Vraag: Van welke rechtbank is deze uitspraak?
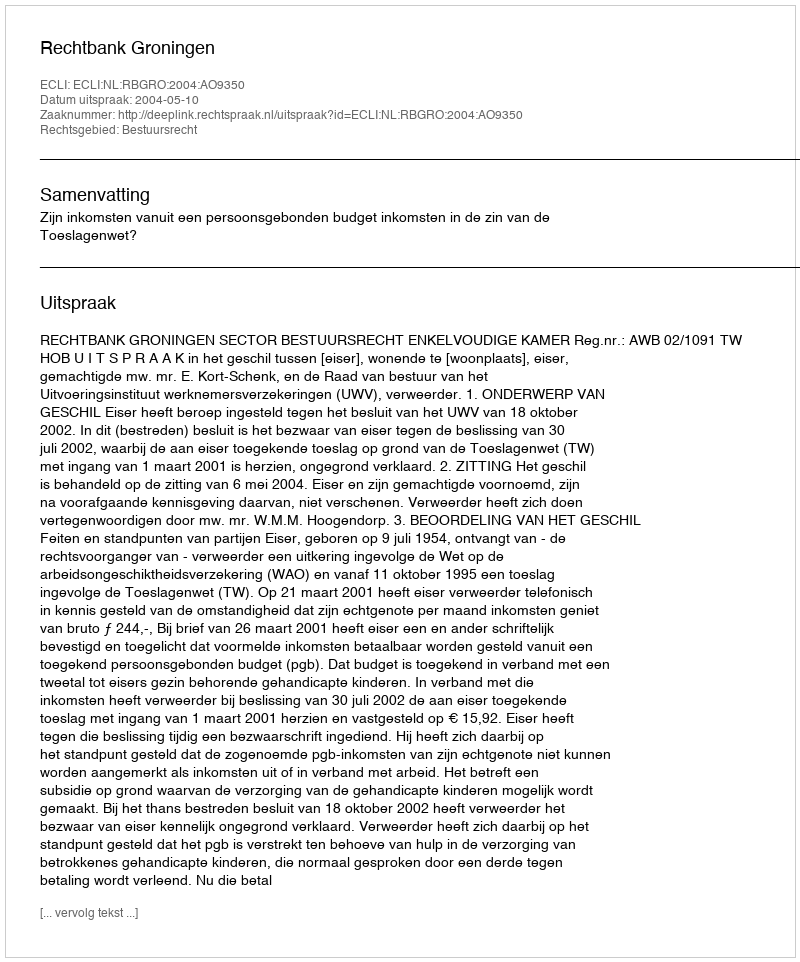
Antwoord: Rechtbank Groningen